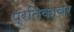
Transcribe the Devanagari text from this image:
प्रतिकावर